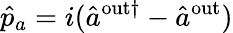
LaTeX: \hat{p}_{a}=i(\hat{a}^{\mathrm{{out}\dagger}}-\hat{a}^{\mathrm{{out}}})